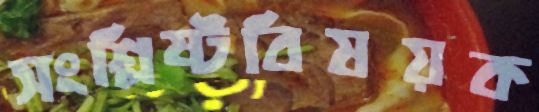
সংশ্লিষ্টবিষয়ক